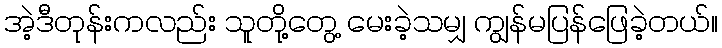
အဲ့ဒီတုန်းကလည်း သူတို့တွေ့ မေးခဲ့သမျှ ကျွန်မပြန်ဖြေခဲ့တယ်။